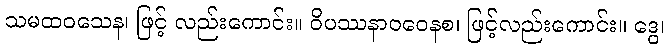
သမထဝသေန၊ ဖြင့် လည်းကောင်း။ ဝိပဿနာဝဝေနစ၊ ဖြင့်လည်းကောင်း။ ဒွေ၊